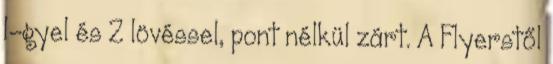
1-gyel és 2 lövéssel, pont nélkül zárt. A Flyerstől